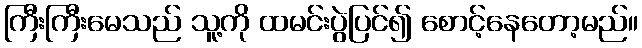
ကြီးကြီးမေသည် သူ့ကို ထမင်းပွဲပြင်၍ စောင့်နေတော့မည်။